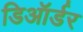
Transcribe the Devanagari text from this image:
डिऑर्डर